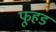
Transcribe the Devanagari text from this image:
फूहड